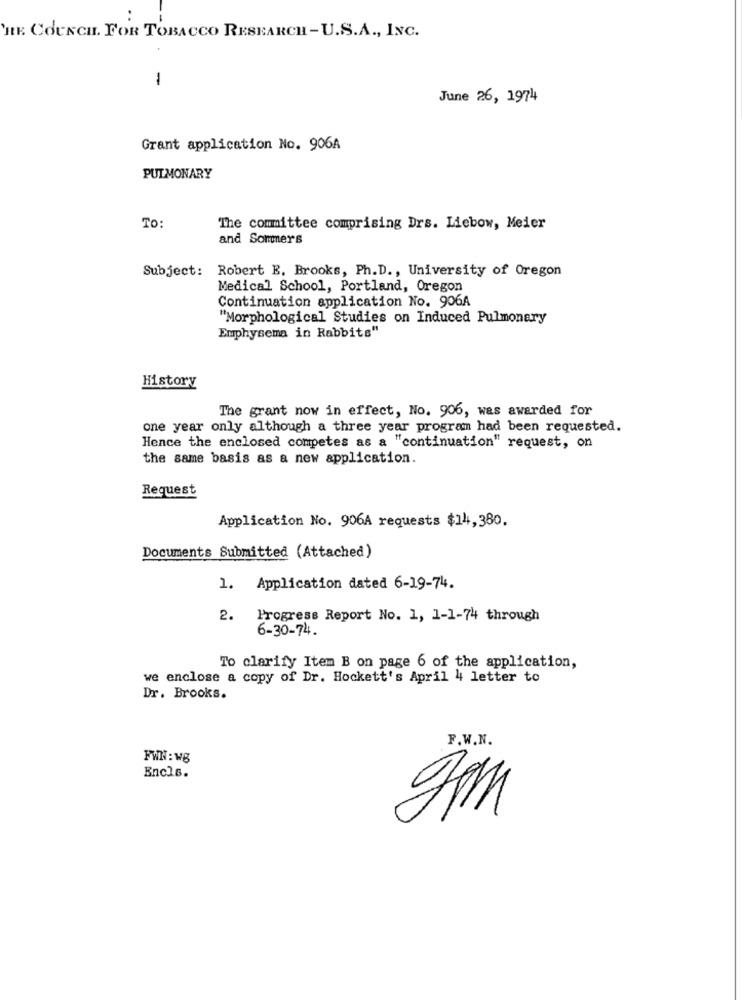
..
THE COUNCIL. FOR TOBACCO RESEARCH - U.S.A ., INC.
1
June 26, 1974
Grant application No. 906A
PULMONARY
TO:
The committee comprising Drs. Liebow, Meier
and Sommers
Subject: Robert E. Brooks, Ph.D ., University of Oregon
Medical School, Portland, Oregon
Continuation application No. 906A
"Morphological Studies on Induced Pulmonary
Emphysema in Rabbits"
History
The grant now in effect, No. 906, was awarded for
one year only although a three year program had been requested.
Hence the enclosed competes as a "continuation" request, on
the same basis as a new application.
Request
Application No. 906A requests $14,380.
Documents Submitted (Attached)
1.
Application dated 6-19-74.
2.
Progress Report No. 1, 1-1-74 through
6-30-74.
To clarify Item B on page 6 of the application,
we enclose a copy of Dr. Hockett's April 4 letter to
Dr. Brooks.
F.W.N.
FWN: WB
Encls.
gpm